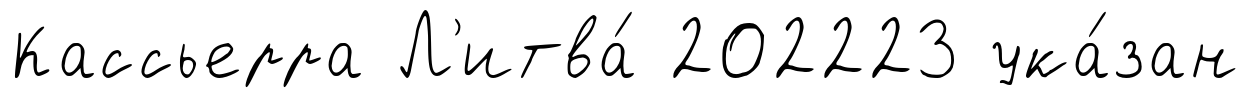
Кассьерра Л'итва́ 202223 ука́зан